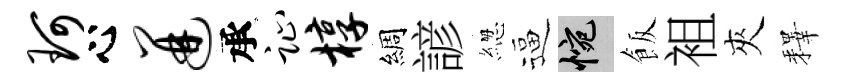
珂心迸承趾椁綢諺緫逼惋飯袓夾釋